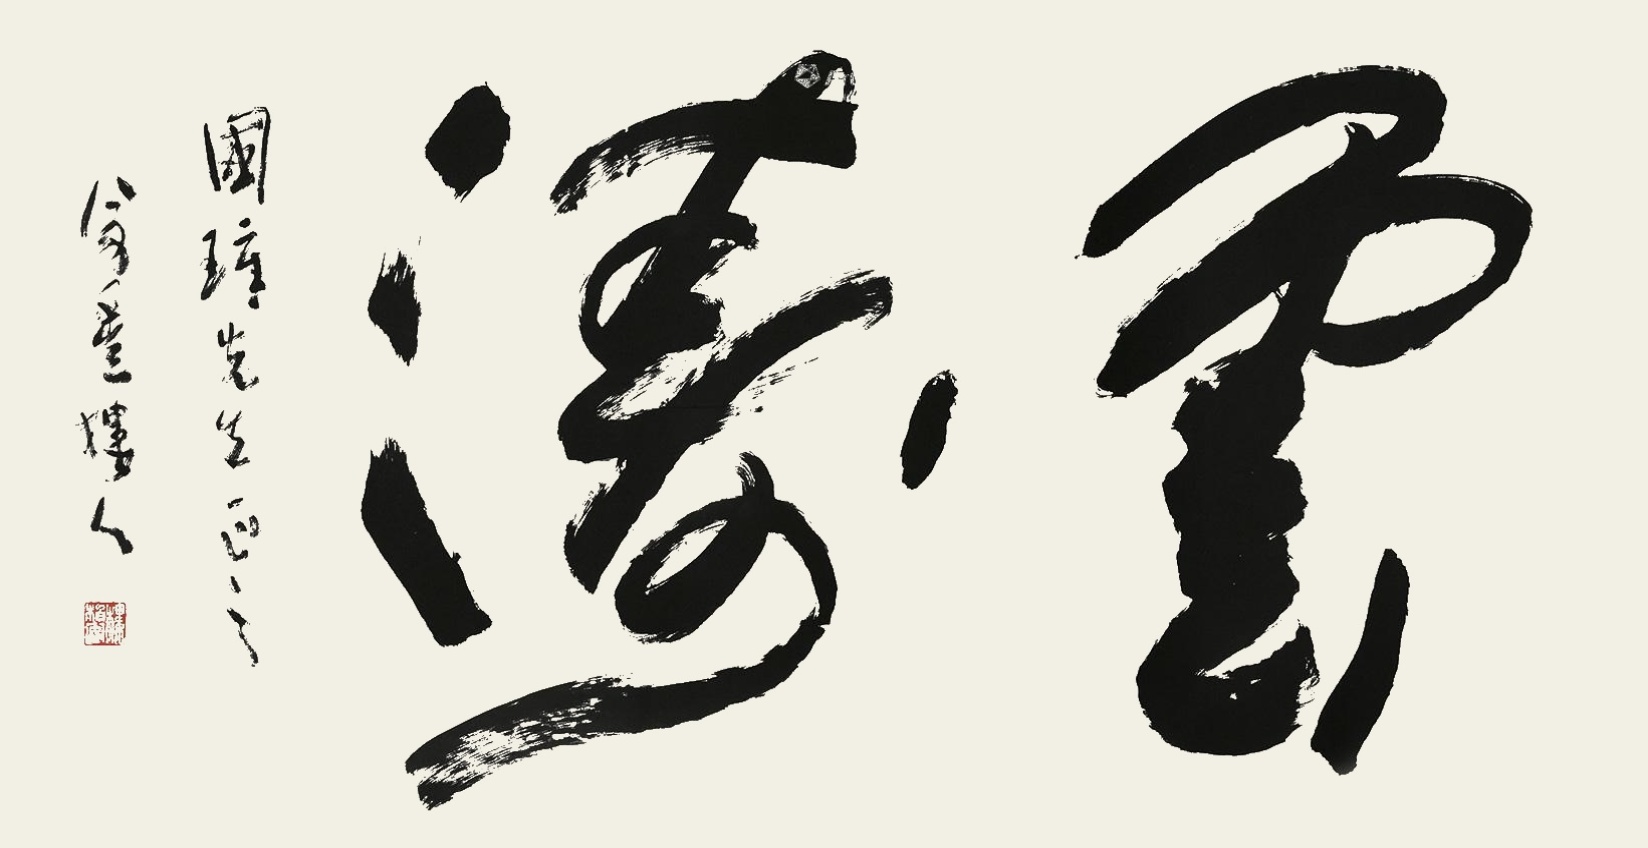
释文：云涛国璋先生正之，万丰楼人。